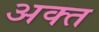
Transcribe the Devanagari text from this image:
अक्त